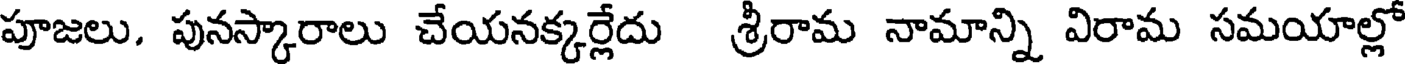
పూజలు. పునస్కారాలు చేయనక్కర్లేదు శ్రీరామ నామాన్ని విరామ సమయాల్లో